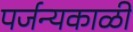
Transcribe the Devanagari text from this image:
पर्जन्यकाळी